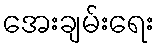
အေးချမ်းရေး